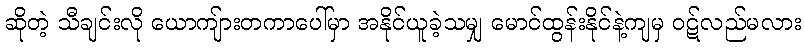
ဆိုတဲ့ သီချင်းလို ယောကျ်ားတကာပေါ်မှာ အနိုင်ယူခဲ့သမျှ မောင်ထွန်းနိုင်နဲ့ကျမှ ဝဋ်လည်မလား